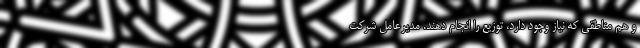
و هم مناطقی که نیاز وجود دارد، توزیع را انجام دهند. مدیرعامل شرکت